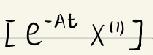
$[ e^{-At} x^{(1)} ]$